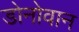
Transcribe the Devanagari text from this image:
डोनोवान